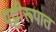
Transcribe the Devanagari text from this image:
पट्टीरूपात